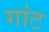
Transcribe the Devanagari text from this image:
गांट